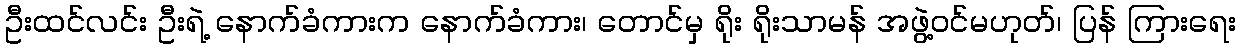
ဦးထင်လင်း ဦးရဲ့ နောက်ခံကားက နောက်ခံကား၊ တောင်မှ ရိုး ရိုးသာမန် အဖွဲ့ဝင်မဟုတ်၊ ပြန် ကြားရေး